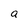
Character: a